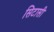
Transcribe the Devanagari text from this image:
सिटासी